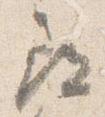
尋